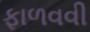
ફાળવવી